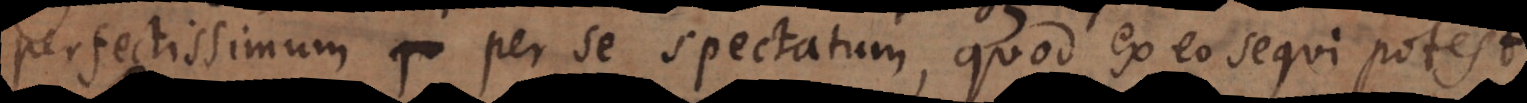
perfectissimum per se spectatum, quod ex eo sequi potest.